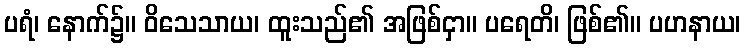
ပရံ၊ နောက်၌။ ဝိသေသာယ၊ ထူးသည်၏ အဖြစ်ငှာ။ ပရေတိ၊ ဖြစ်၏။ ပဟနာယ၊